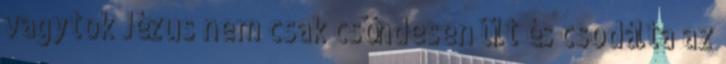
vagytok Jézus nem csak csöndesen ült és csodálta az